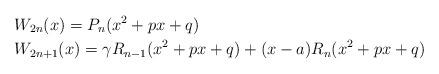
LaTeX: \begin{align*}&W_{2n}(x) = P_{n}(x^2+px+q)\\&W_{2n+1}(x) = \gamma R_{n-1}(x^2+px+q)+(x-a)R_{n}(x^2+px+q)\end{align*}